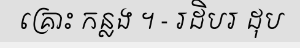
គ្រោះ កន្លង ។ - រដិបរ ដុប